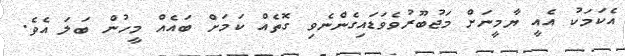
އެކަމަކު އެއީ ޔާމީނަށް މަޖުބޫރުވެވަޑައިގެންނެވި ގޮތެއް ކަމަށް ބައެއް މީހުން ބަލަ އެވެ.